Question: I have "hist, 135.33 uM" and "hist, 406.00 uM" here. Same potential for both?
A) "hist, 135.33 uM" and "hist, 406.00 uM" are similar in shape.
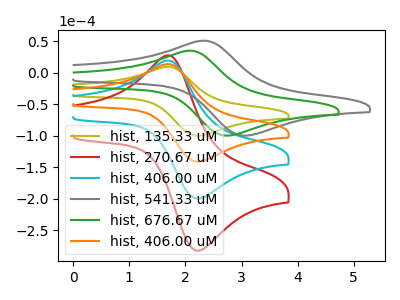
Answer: <think>The olive curve "hist, 135.33 uM" has an anodic peak at (1.70V, 9.85uA) and a cathodic peak at (2.25V, -99.45uA). The red curve "hist, 270.67 uM" has an anodic peak at (1.70V, 41.75uA) and a cathodic peak at (2.25V, -422.15uA). The cyan curve "hist, 406.00 uM" has an anodic peak at (1.70V, 27.85uA) and a cathodic peak at (2.25V, -281.45uA). The gray curve "hist, 541.33 uM" has an anodic peak at (2.35V, 51.25uA) and a cathodic peak at (3.15V, -99.30uA). The green curve "hist, 676.67 uM" has an anodic peak at (2.10V, 35.30uA) and a cathodic peak at (2.80V, -99.35uA). The orange curve "hist, 406.00 uM" has an anodic peak at (1.70V, 13.90uA) and a cathodic peak at (2.25V, -140.70uA).
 All the peaks in "hist, 135.33 uM" have a peak in "hist, 406.00 uM" at the same potential. Every peak in "hist, 135.33 uM" is lower than every peak in "hist, 406.00 uM".</think>
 <answer>A) "hist, 135.33 uM" and "hist, 406.00 uM" are similar in shape.</answer>
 <eval>A</eval>